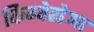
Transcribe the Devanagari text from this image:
फिग्वेरोआ